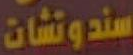
سندوتشات